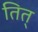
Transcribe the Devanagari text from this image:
तित्